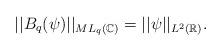
LaTeX: \begin{align*}||B_q(\psi)||_{ML_q(\mathbb{C})}=||\psi||_{L^2(\mathbb{R})}.\end{align*}